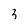
Character: 3